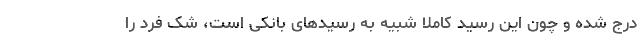
درج شده و چون این رسید کاملا شبیه به رسیدهای بانکی است، شک فرد را